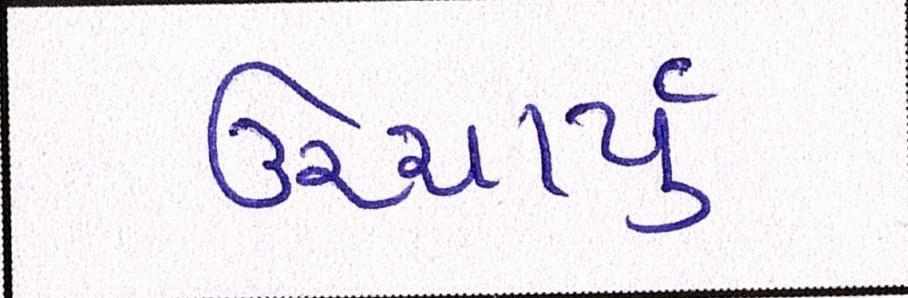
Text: ઉચ્ચાર્યું